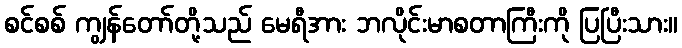
စင်စစ် ကျွန်တော်တို့သည် မေရီအား ဘလိုင်းမာစတာကြီးကို ပြပြီးသား။